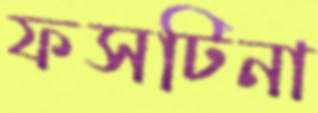
ফসটিনা